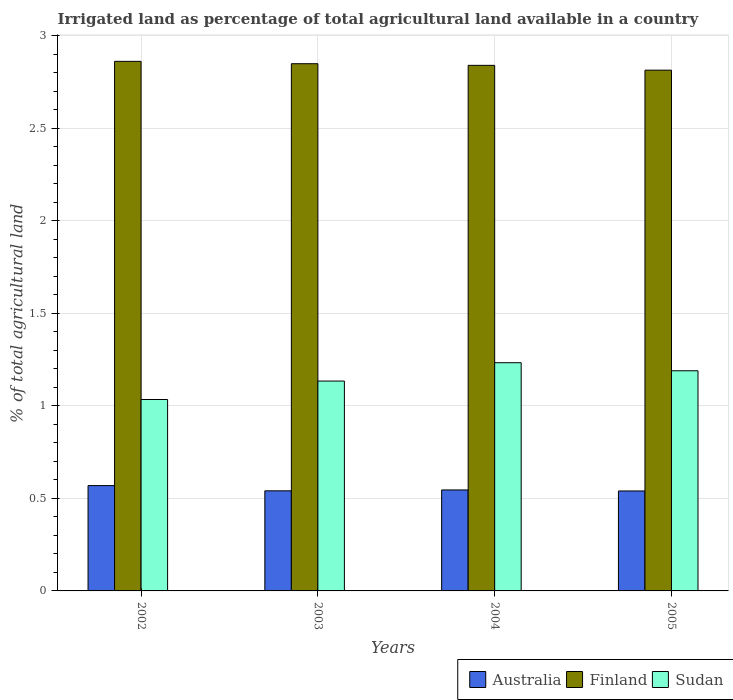
| Years | Australia | Finland | Sudan |
 | --- | --- | --- | --- |
 | 2002 | 0.569 | 2.86 | 1.03 |
 | 2003 | 0.541 | 2.85 | 1.13 |
 | 2004 | 0.546 | 2.84 | 1.23 |
 | 2005 | 0.54 | 2.81 | 1.19 |